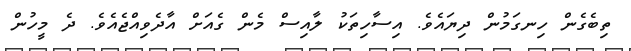
ތިބެގެން ހިނގަމުން ދިޔައެވެ. އިސާހިތަކު ލާއިސް މެން ގެއަށް އާދެވިއްޖެއެވެ. ދެ މީހުން